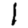
Digit: 1